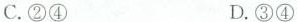
C.\textcircled {2}\textcircled {4} D.\textcircled {3}\textcircled {4}